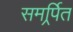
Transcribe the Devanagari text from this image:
समर्र्पित